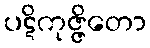
ပဋိကုဇ္ဇိတော